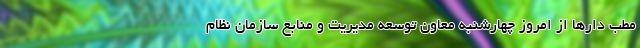
مطب دارها از امروز چهارشنبه معاون توسعه مدیریت و منابع سازمان نظام